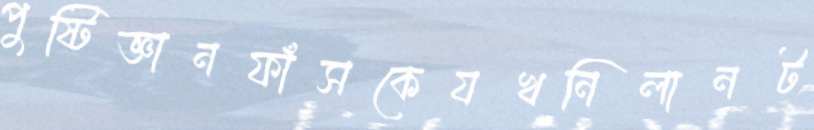
পুষ্টিজ্ঞানফাঁসকেযখনিলানট